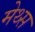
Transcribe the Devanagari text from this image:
मेथ्स